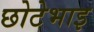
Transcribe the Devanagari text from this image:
छोटेभाइ